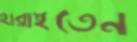
হারাইতেন